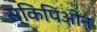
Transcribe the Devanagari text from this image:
स्किपिओन